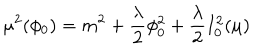
\mu ^ { 2 } ( \phi _ { 0 } ) = m ^ { 2 } + { \frac { \lambda } { 2 } } \phi _ { 0 } ^ { 2 } + { \frac { \lambda } { 2 } } I _ { 0 } ^ { 2 } ( \mu )